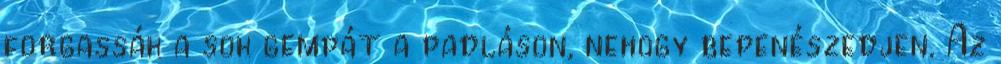
forgassák a sok gempát a padláson, nehogy bepenészedjen. Az